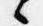
々